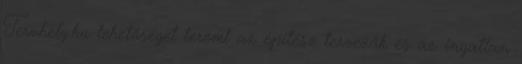
Tervhely.hu lehetőséget teremt az építész tervezők és az ingatlan